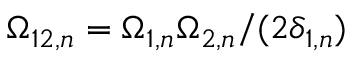
\Omega _ { 1 2 , n } = \Omega _ { 1 , n } \Omega _ { 2 , n } / ( 2 \delta _ { 1 , n } )